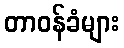
တာဝန်ခံများ